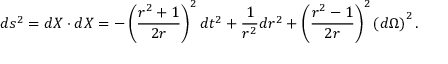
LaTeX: d s ^ { 2 } = d X \cdot d X = - \left( \frac { r ^ { 2 } + 1 } { 2 r } \right) ^ { 2 } d t ^ { 2 } + \frac 1 { r ^ { 2 } } d r ^ { 2 } + \left( \frac { r ^ { 2 } - 1 } { 2 r } \right) ^ { 2 } \left( d \Omega \right) ^ { 2 } { . }